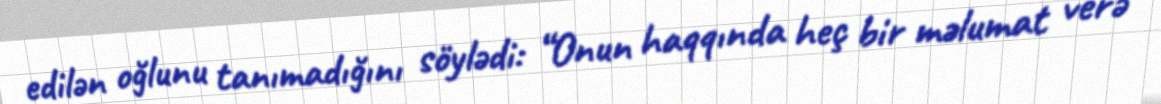
edilən oğlunu tanımadığını söylədi: “Onun haqqında heç bir məlumat verə